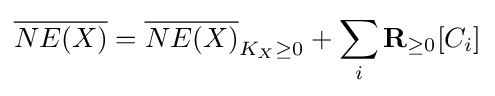
{\overline {NE(X)}}={\overline {NE(X)}}_{K_{X}\geq 0}+\sum _{i}\mathbf {R} _{\geq 0}[C_{i}]